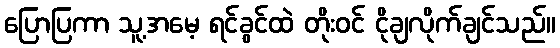
ပြောပြကာ သူ့အမေ့ ရင်ခွင်ထဲ တိုးဝင် ငိုချလိုက်ချင်သည်။